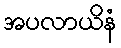
အပလာယိနံ